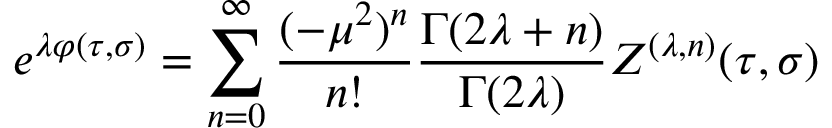
e ^ { \lambda \varphi ( \tau , \sigma ) } = \sum _ { n = 0 } ^ { \infty } \frac { ( - \mu ^ { 2 } ) ^ { n } } { n ! } \frac { \Gamma ( 2 \lambda + n ) } { \Gamma ( 2 \lambda ) } Z ^ { ( \lambda , n ) } ( \tau , \sigma )